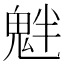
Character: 𩲯